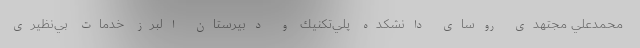
محمدعلي مجتهدي روساي دانشكده پلي‌تكنيك و دبيرستان البرز خدمات بي‌نظيري